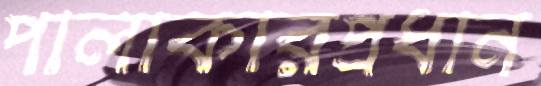
পালাকারপ্রধান